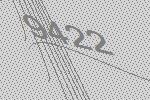
9422